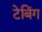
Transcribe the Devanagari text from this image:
टेबिंग